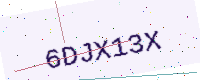
Text: 6DJX13X